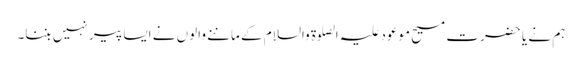
ہم نے یا حضرت مسیح موعود علیہ الصلوۃ والسلام کے ماننے والوں نے ایسا پیر نہیں بننا۔